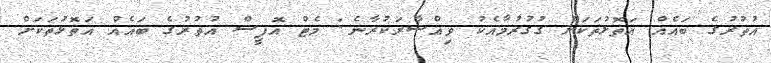
އުތުރުގެ ބައެއް އަތޮޅުތަކަށް ގުގުރުމާއެކު ވިއްސާރަކުރާނެ: މެޓް އޮފީސް އުތުރުގެ ބައެއް އަތޮޅުތަކަށް